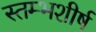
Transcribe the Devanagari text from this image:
स्तम्भशीर्ष